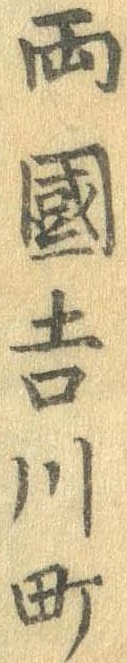
両国吉川町